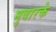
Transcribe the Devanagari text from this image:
मुबारके